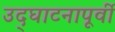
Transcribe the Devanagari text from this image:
उद्‌घाटनापूर्वी